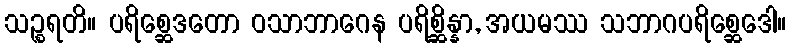
သဉ္စရတိ။ ပရိစ္ဆေဒတော ဝသာဘာဂေန ပရိစ္ဆိန္နာ, အယမဿ သဘာဂပရိစ္ဆေဒေါ။